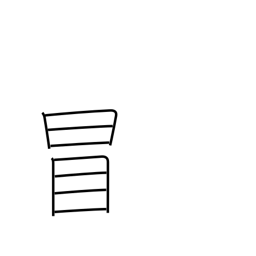
Meaning: dare